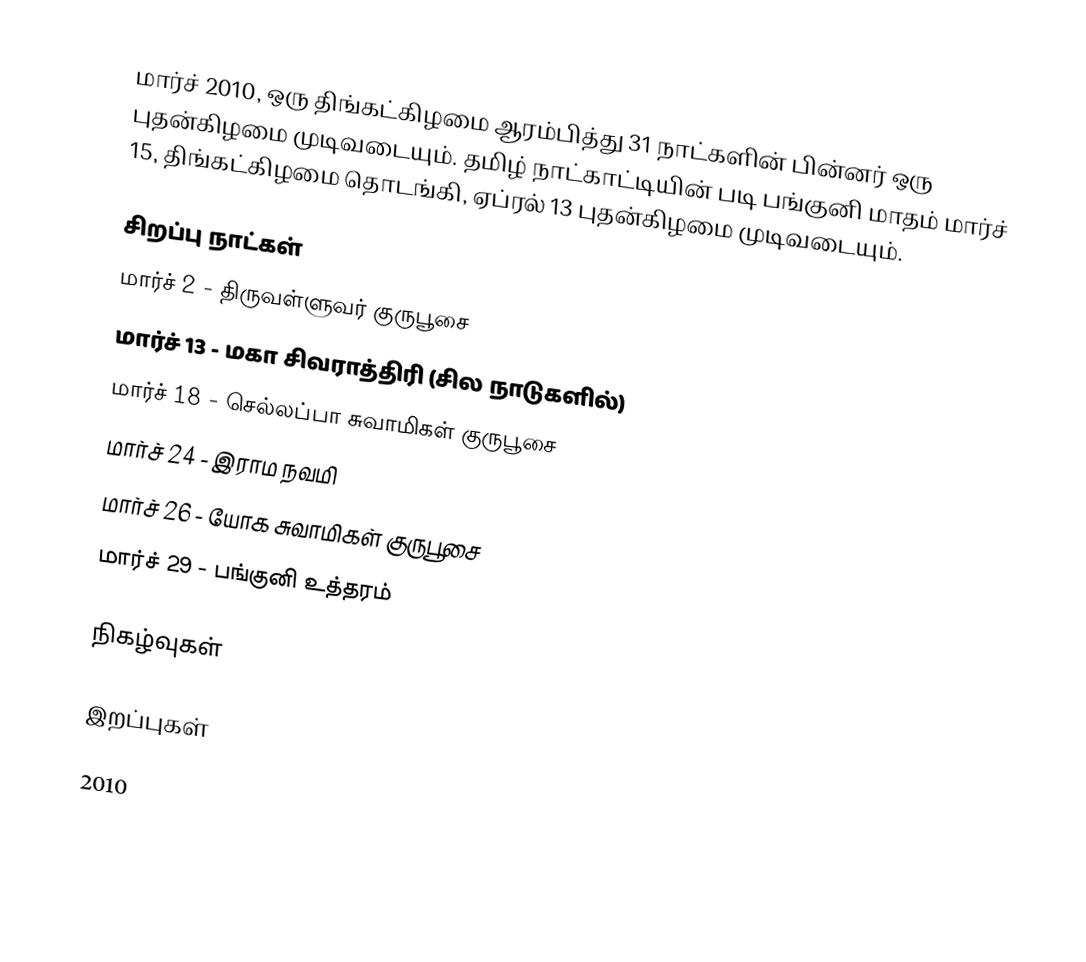
மார்ச் 2010, ஒரு திங்கட்கிழமை ஆரம்பித்து 31 நாட்களின் பின்னர் ஒரு புதன்கிழமை முடிவடையும். தமிழ் நாட்காட்டியின் படி பங்குனி மாதம் மார்ச் 15, திங்கட்கிழமை தொடங்கி, ஏப்ரல் 13 புதன்கிழமை முடிவடையும்.

சிறப்பு நாட்கள்
 மார்ச் 2 - திருவள்ளுவர் குருபூசை
 மார்ச் 13 - மகா சிவராத்திரி (சில நாடுகளில்)
 மார்ச் 18 - செல்லப்பா சுவாமிகள் குருபூசை
 மார்ச் 24 - இராம நவமி
 மார்ச் 26 - யோக சுவாமிகள் குருபூசை
 மார்ச் 29 - பங்குனி உத்தரம்

நிகழ்வுகள்

இறப்புகள்

2010